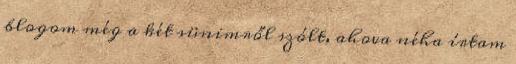
blogom még a két sünimről szólt, ahova néha írtam